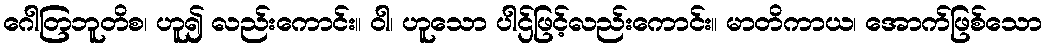
ဂေါတြဘူတိစ၊ ဟူ၍ လည်းကောင်း။ ဝါ၊ ဟူသော ပါဌ်ဖြင့်လည်းကောင်း။ မာတိကာယ၊ အောက်ဖြစ်သော